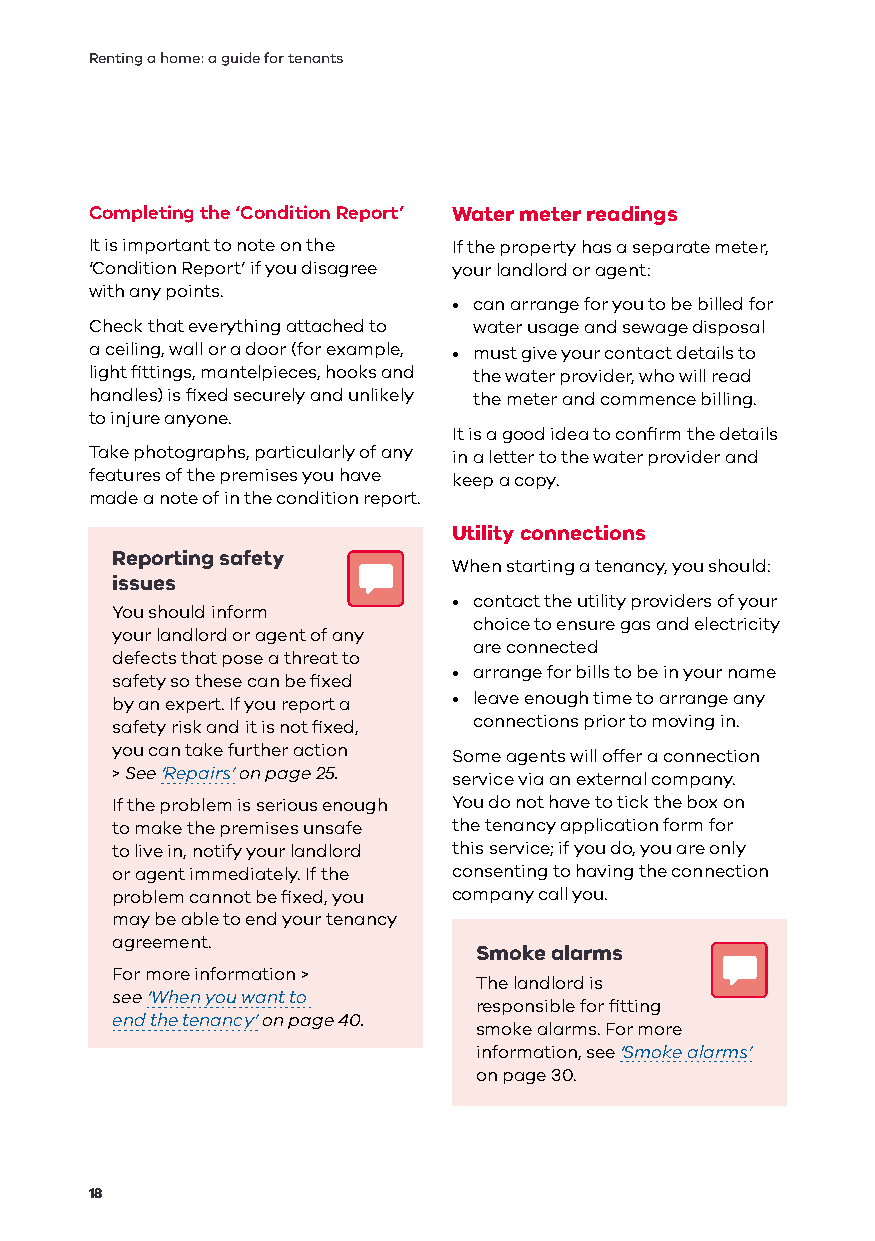
Renting a home: a guide for tenants
 Completing the ‘Condition Report’ Water meter readings
 It is important to note on the If the property has a separate meter,
 ‘Condition Report’ if you disagree your landlord or agent:
 with any points.
 • can arrange for you to be billed for
 Check that everything attached to water usage and sewage disposal
 a ceiling, wall or a door (for example, • must give your contact details to
 light fittings, mantelpieces, hooks and the water provider, who will read
 handles) is fixed securely and unlikely the meter and commence billing.
 to injure anyone.
 It is a good idea to confirm the details
 Take photographs, particularly of any in a letter to the water provider and
 features of the premises you have keep a copy.
 made a note of in the condition report.
 Utility connections
 Reporting safety
 When starting a tenancy, you should:
 issues
 • contact the utility providers of your
 You should inform
 choice to ensure gas and electricity
 your landlord or agent of any
 are connected
 defects that pose a threat to
 • arrange for bills to be in your name
 safety so these can be fixed
 by an expert. If you report a • leave enough time to arrange any
 safety risk and it is not fixed, connections prior to moving in.
 you can take further action Some agents will offer a connection
 > See ‘Repairs’ on page 25. service via an external company.
 If the problem is serious enough You do not have to tick the box on
 to make the premises unsafe the tenancy application form for
 to live in, notify your landlord this service; if you do, you are only
 or agent immediately. If the consenting to having the connection
 problem cannot be fixed, you company call you.
 may be able to end your tenancy
 agreement.
 Smoke alarms
 For more information >
 The landlord is
 see ‘When you want to
 responsible for fitting
 end the tenancy’ on page 40.
 smoke alarms. For more
 information, see ‘Smoke alarms’
 on page 30.
 18